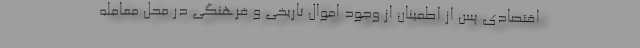
اقتصادی پس از اطمینان از وجود اموال تاریخی و فرهنگی در محل معامله